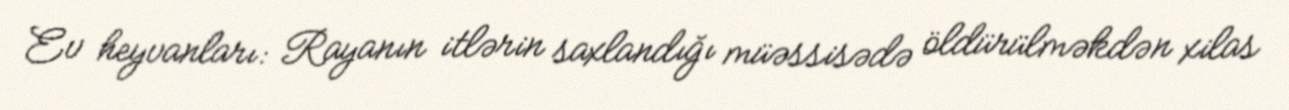
Ev heyvanları: Rayanın itlərin saxlandığı müəssisədə öldürülməkdən xilas